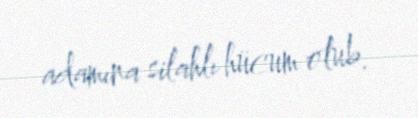
adamına silahlı hücum olub.